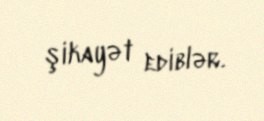
şikayət ediblər.